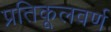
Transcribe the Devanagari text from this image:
प्रतिकूलवर्ण